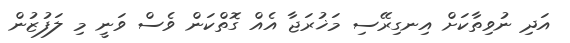
އަދި ނުވިތާކަށް އިނގިރޭސި މަޚުރަޖާ އެއް ގޮތްކަން ވެސް ވަނީ މި ލަފުޒުން